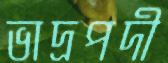
ভাদ্রপদী